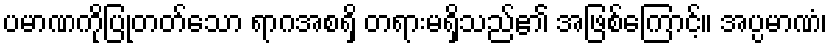
ပမာဏကိုပြုတတ်သော ရာဂအစရှိ တရားမရှိသည်၏ အဖြစ်ကြောင့်။ အပ္ပမာဏံ၊